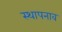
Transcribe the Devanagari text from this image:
स्थापनाव